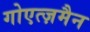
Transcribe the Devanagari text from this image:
गोएत्ज़मैन